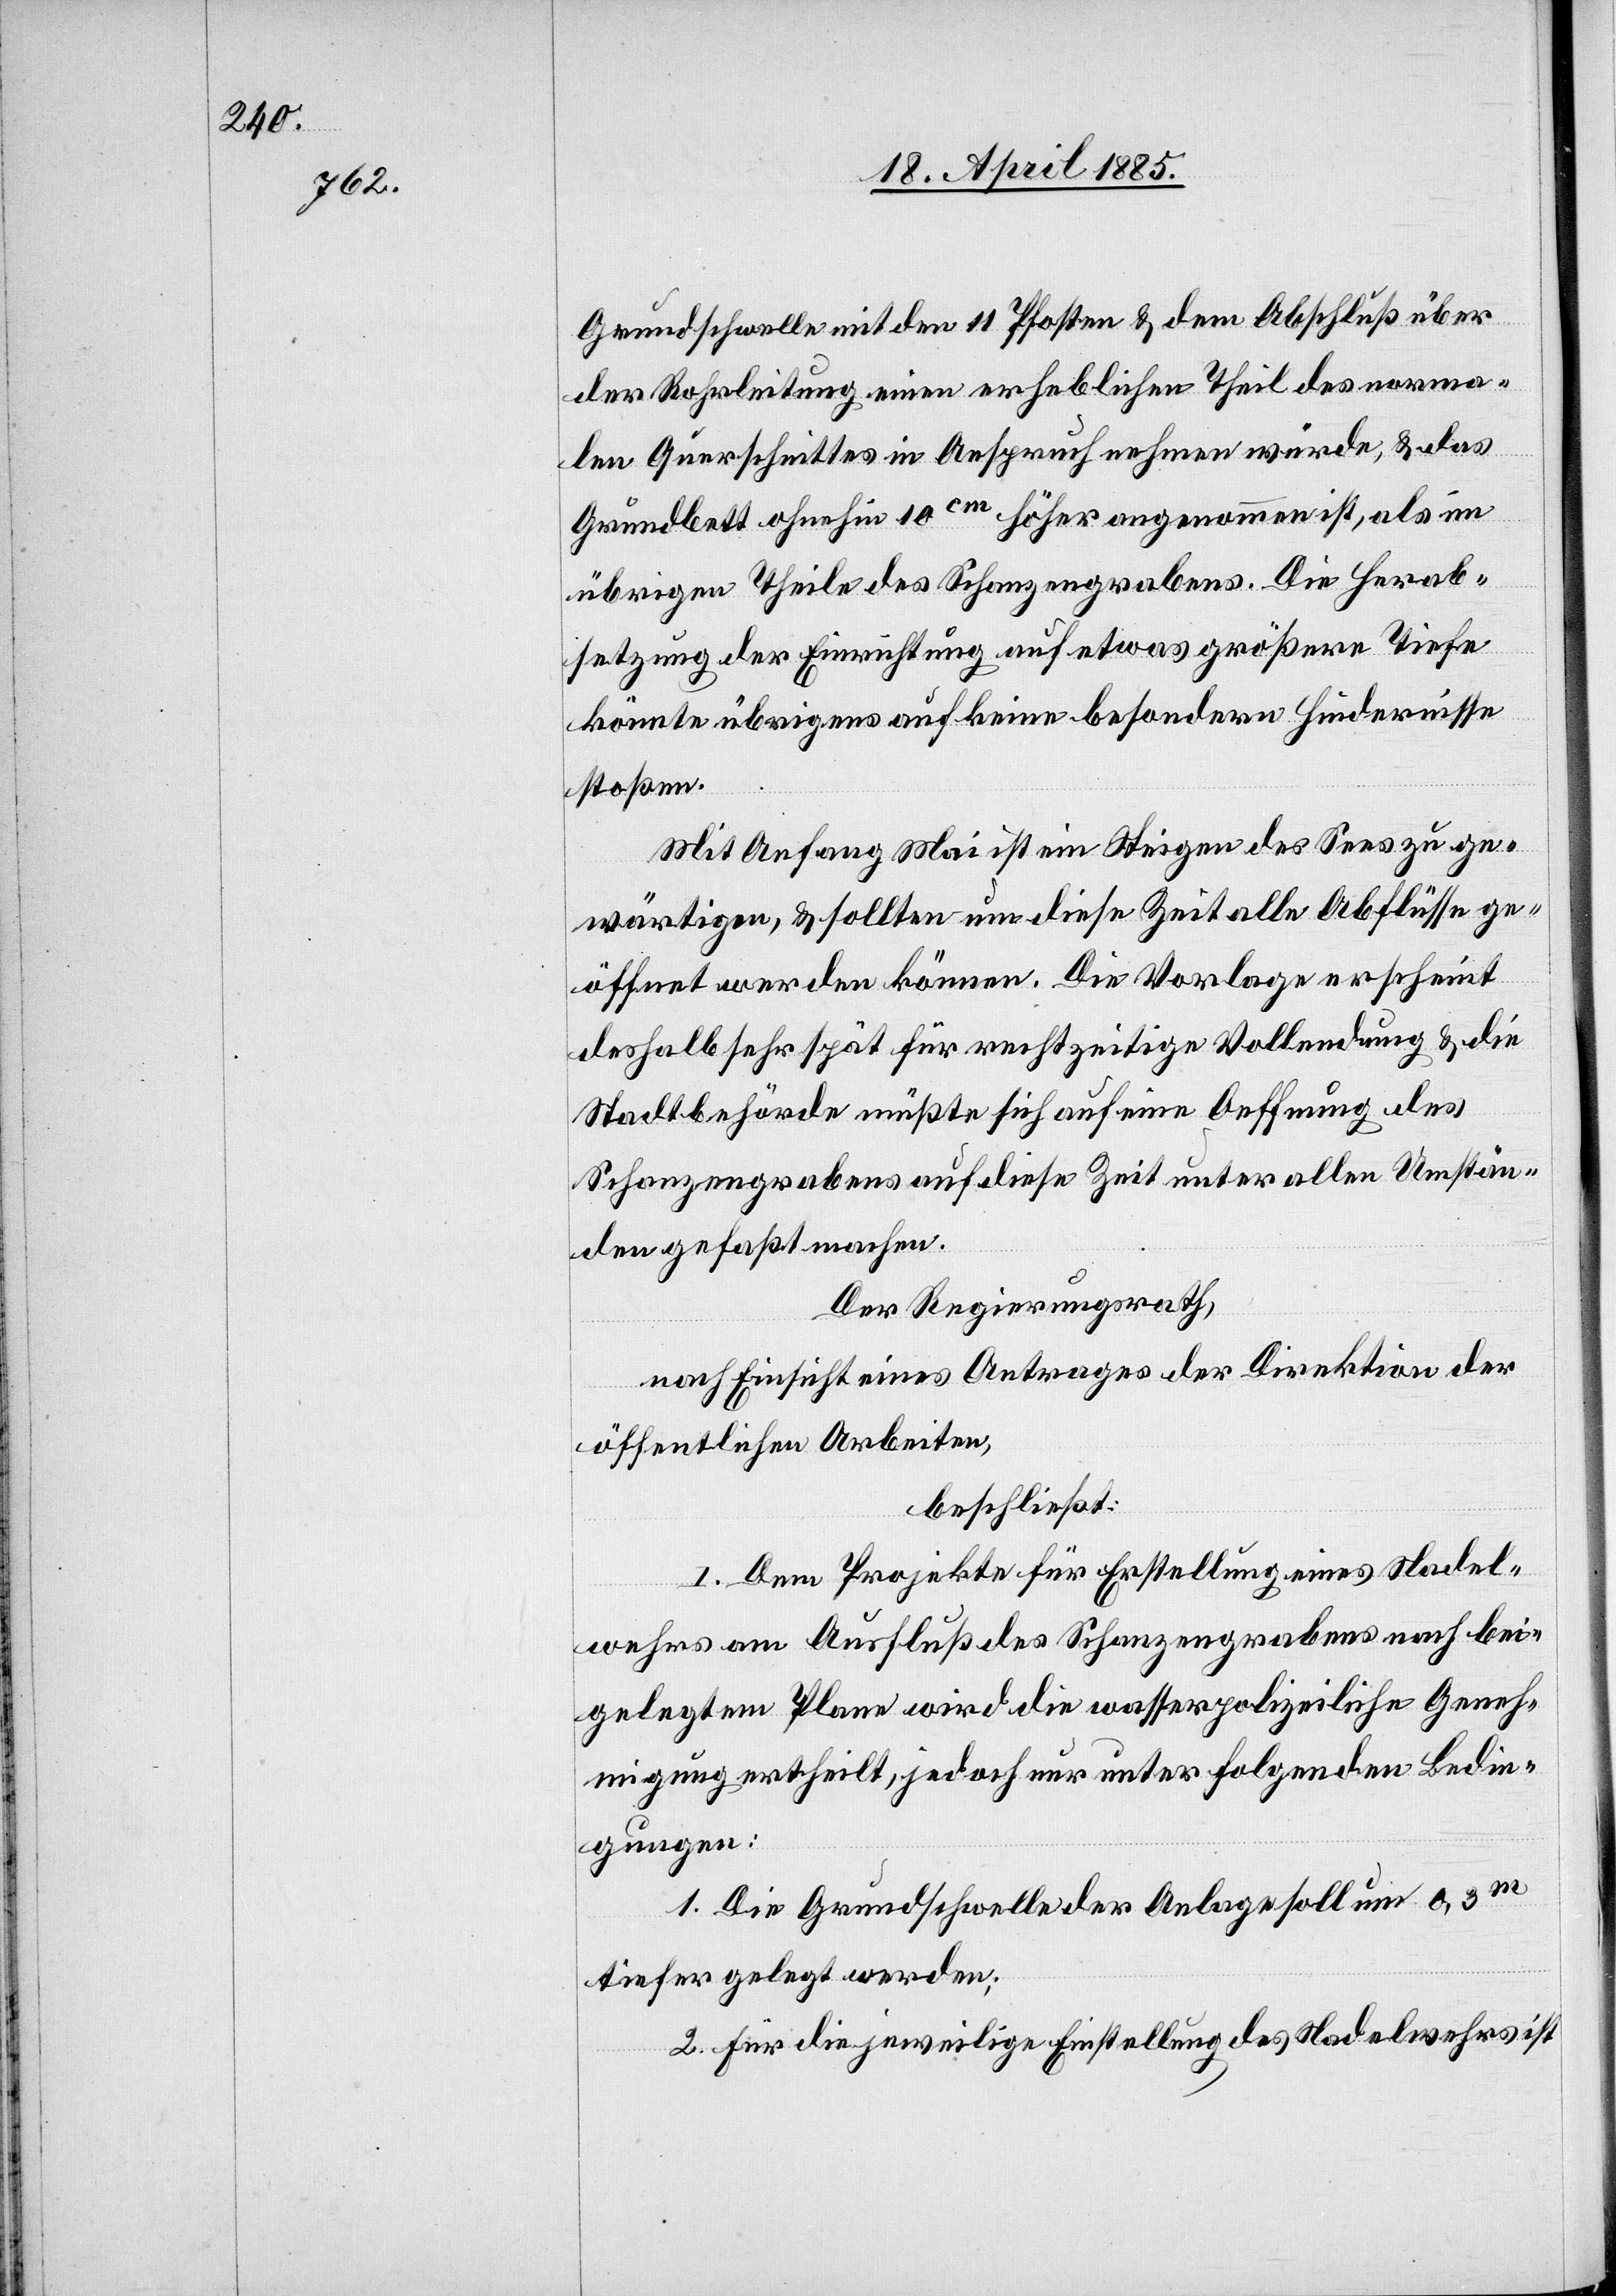
Grundschwelle mit den 11 Pfosten & dem Abschluß über
der Rohrleitung einen erheblichen Theil des norma¬
len Querschnittes in Anspruch nehmen würde, & das
Grundbett ohnehin 10 cm höher angenommen ist, als im
übrigen Theile des Schanzengrabens. Die Herab¬
setzung der Einrichtung auf etwas größere Tiefe
könnte übrigens auf keine besondern Hindernisse
stoßen.
Mit Anfang Mai ist ein Steigen des Sees zu ge¬
wärtigen, & sollten um diese Zeit alle Abflüsse ge¬
öffnet werden können. Die Vorlage erscheint
deshalb sehr spät für rechtzeitige Vollendung & die
Stadtbehörde müßte sich auf eine Oeffnung des
Schanzengrabens auf diese Zeit unter allen Umstän¬
den gefaßt machen.
Der Regierungsrath,
nach Einsicht eines Antrages der Direktion der
öffentlichen Arbeiten,
beschließt:
I. Dem Projekte für Erstellung eines Nadel¬
wehres am Ausfluß des Schanzengrabens nach bei¬
gelegtem Plan wird die wasserbaupolizeiliche Geneh¬
migung ertheilt, jedoch nur unter folgenden Bedin¬
gungen:
1. Die Grundschwelle der Anlage soll um 0,3 m
tiefer gelegt werden;
2. Für die jeweilige Einstellung des Nadelwehres ist